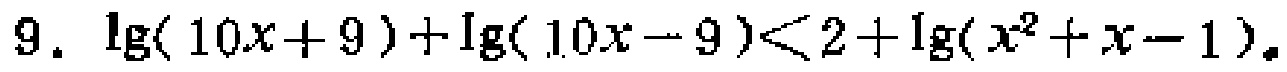
\(9.\ \lg(10x + 9)+\lg(10x - 9)<2+\lg(x^{2}+x - 1)\)